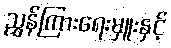
ညွှန်ကြားရေးမှူးနှင့်